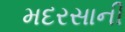
મદરસાની